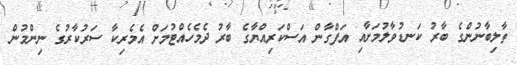
ތާލިބާނުންގެ ބާރު ކަނޑުވާލުމަށާއި އަފްގާން އަސްކަރިއްޔާގެ ބާރު ދެމެހެއްޓުމަށް އެމެރިކާ ސަރުކާރުގެ ނިންމުން